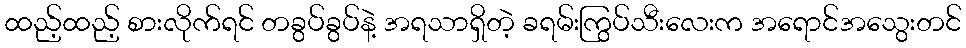
ထည့်ထည့် စားလိုက်ရင် တခွပ်ခွပ်နဲ့ အရသာရှိတဲ့ ခရမ်းကြွပ်သီးလေးက အရောင်အသွေးတင်